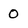
Character: 0